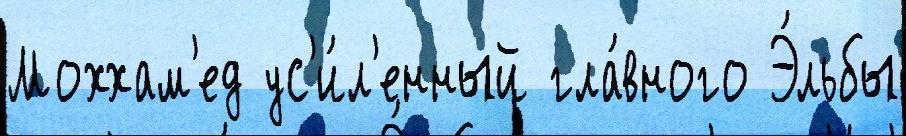
Моххам'ед ус'и́л'енный гла́вного Э́льбы